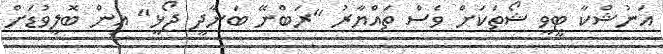
އަނުޝްކާ ޓީވީ ޝޯތަކަށް ވެސް ތައްޔާރު "ރަބްނޭ ބަނާދީ ޖޯޅީ" އިން ބޮލީވުޑަށް